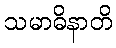
သမာဓိနာတိ